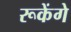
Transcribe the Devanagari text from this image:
रूकेंगे